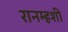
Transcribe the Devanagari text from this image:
रानम्हशी